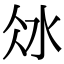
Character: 𣲝